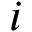
i